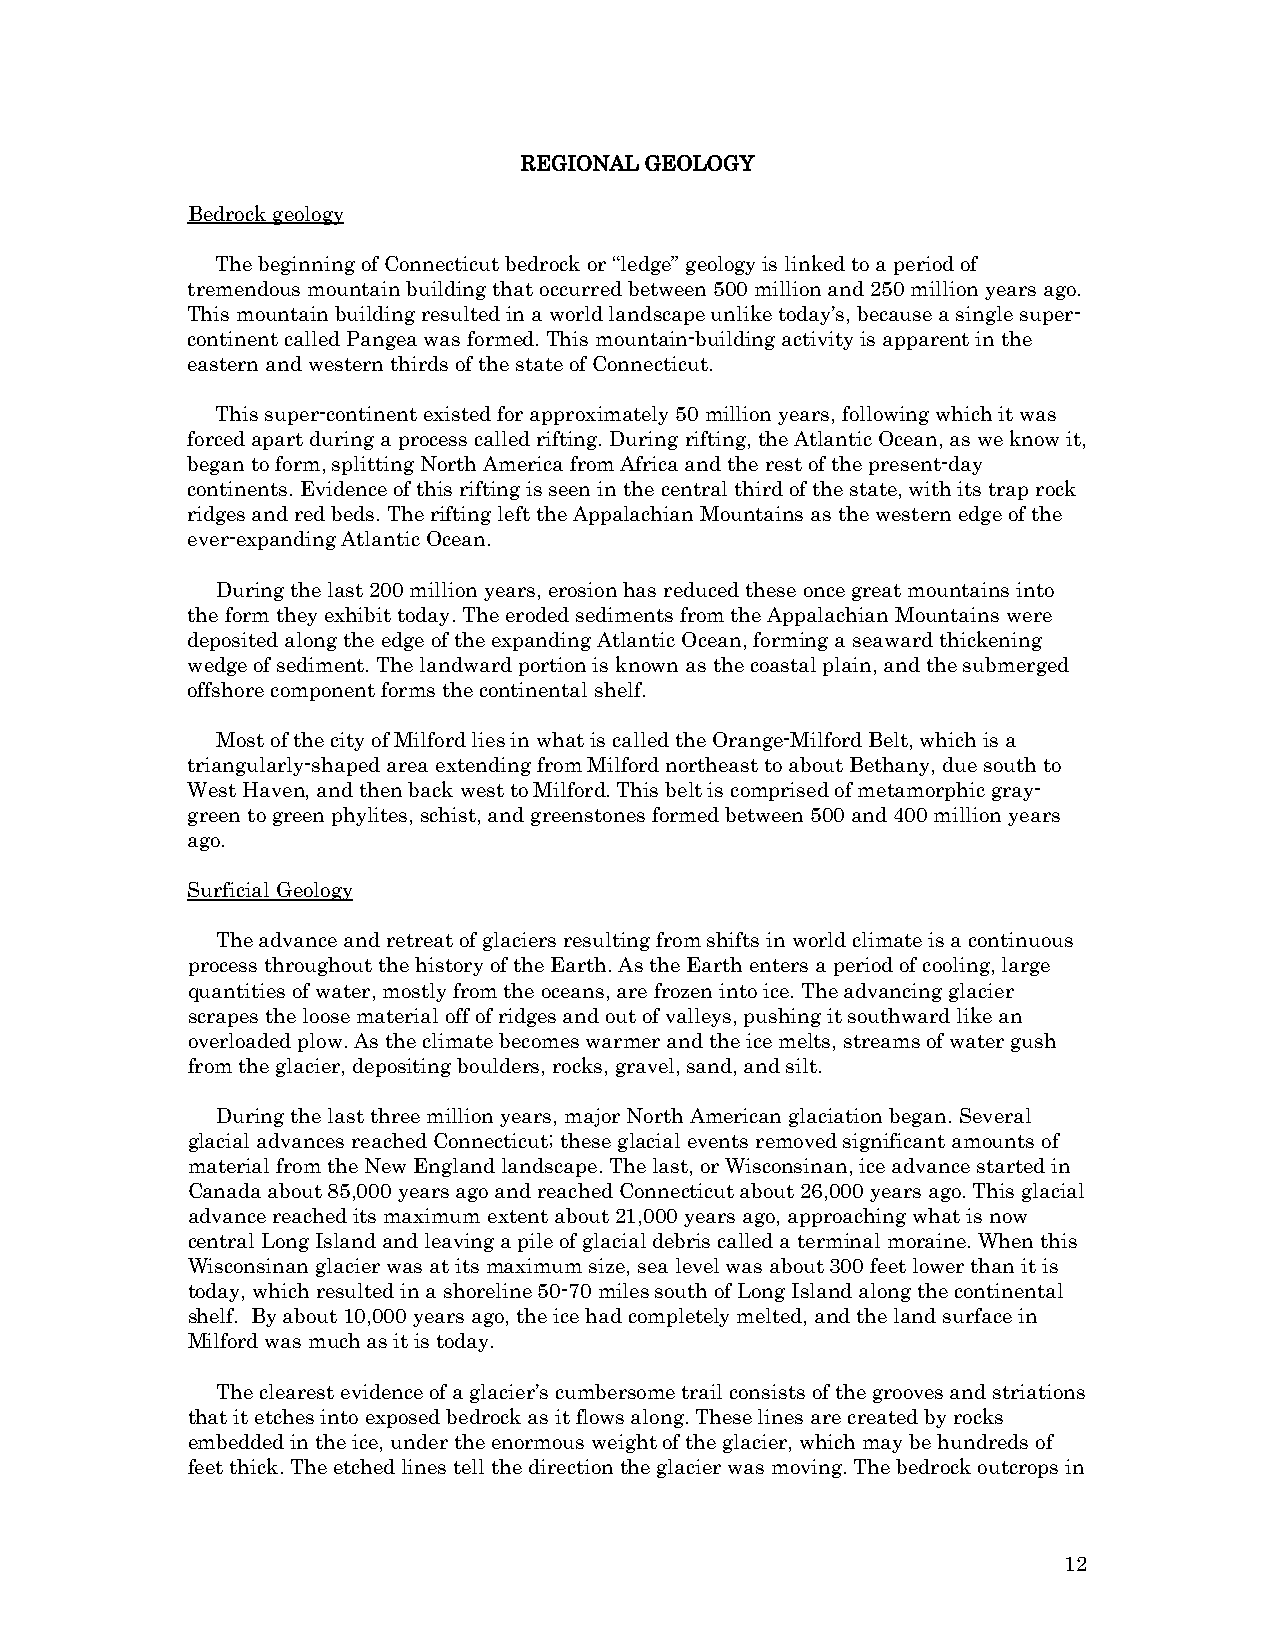
REGIONAL GEOLOGY
 Bedrock geology
 The beginning of Connecticut bedrock or “ledge” geology is linked to a period of
 tremendous mountain building that occurred between 500 million and 250 million years ago.
 This mountain building resulted in a world landscape unlike today’s, because a single super-
 continent called Pangea was formed. This mountain-building activity is apparent in the
 eastern and western thirds of the state of Connecticut.
 This super-continent existed for approximately 50 million years, following which it was
 forced apart during a process called rifting. During rifting, the Atlantic Ocean, as we know it,
 began to form, splitting North America from Africa and the rest of the present-day
 continents. Evidence of this rifting is seen in the central third of the state, with its trap rock
 ridges and red beds. The rifting left the Appalachian Mountains as the western edge of the
 ever-expanding Atlantic Ocean.
 During the last 200 million years, erosion has reduced these once great mountains into
 the form they exhibit today. The eroded sediments from the Appalachian Mountains were
 deposited along the edge of the expanding Atlantic Ocean, forming a seaward thickening
 wedge of sediment. The landward portion is known as the coastal plain, and the submerged
 offshore component forms the continental shelf.
 Most of the city of Milford lies in what is called the Orange-Milford Belt, which is a
 triangularly-shaped area extending from Milford northeast to about Bethany, due south to
 West Haven, and then back west to Milford. This belt is comprised of metamorphic gray-
 green to green phylites, schist, and greenstones formed between 500 and 400 million years
 ago.
 Surficial Geology
 The advance and retreat of glaciers resulting from shifts in world climate is a continuous
 process throughout the history of the Earth. As the Earth enters a period of cooling, large
 quantities of water, mostly from the oceans, are frozen into ice. The advancing glacier
 scrapes the loose material off of ridges and out of valleys, pushing it southward like an
 overloaded plow. As the climate becomes warmer and the ice melts, streams of water gush
 from the glacier, depositing boulders, rocks, gravel, sand, and silt.
 During the last three million years, major North American glaciation began. Several
 glacial advances reached Connecticut; these glacial events removed significant amounts of
 material from the New England landscape. The last, or Wisconsinan, ice advance started in
 Canada about 85,000 years ago and reached Connecticut about 26,000 years ago. This glacial
 advance reached its maximum extent about 21,000 years ago, approaching what is now
 central Long Island and leaving a pile of glacial debris called a terminal moraine. When this
 Wisconsinan glacier was at its maximum size, sea level was about 300 feet lower than it is
 today, which resulted in a shoreline 50-70 miles south of Long Island along the continental
 shelf. By about 10,000 years ago, the ice had completely melted, and the land surface in
 Milford was much as it is today.
 The clearest evidence of a glacier’s cumbersome trail consists of the grooves and striations
 that it etches into exposed bedrock as it flows along. These lines are created by rocks
 embedded in the ice, under the enormous weight of the glacier, which may be hundreds of
 feet thick. The etched lines tell the direction the glacier was moving. The bedrock outcrops in
 12